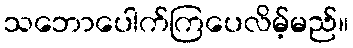
သဘောပေါက်ကြပေလိမ့်မည်။